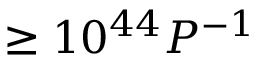
\geq 1 0 ^ { 4 4 } P ^ { - 1 }